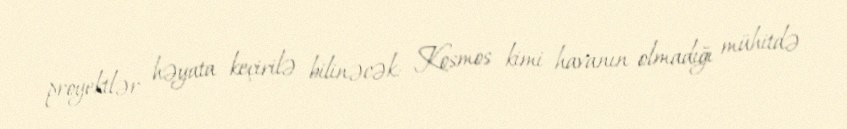
proyektlər həyata keçirilə bilinəcək: Kosmos kimi havanın olmadığı mühitdə